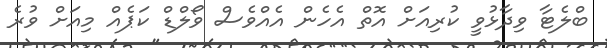
ބްލެޓާ ވިދާޅުވީ ކުރިއަށް އޮތް އެހެން އެއްވެސް ވޯލްޑް ކަޕެއް މިއަށް ވުރެ